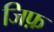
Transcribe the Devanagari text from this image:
जिफ़